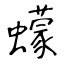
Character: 蠓